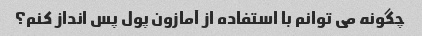
چگونه می توانم با استفاده از آمازون پول پس انداز کنم؟